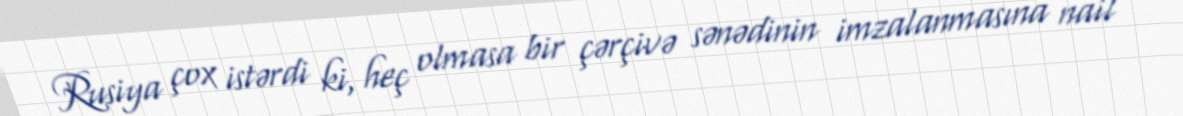
Rusiya çox istərdi ki, heç olmasa bir çərçivə sənədinin imzalanmasına nail